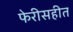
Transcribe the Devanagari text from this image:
फेरीसहीत